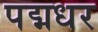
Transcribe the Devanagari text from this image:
पद्मधर